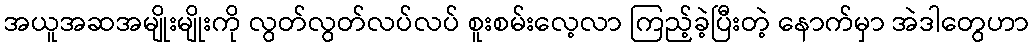
အယူအဆအမျိုးမျိုးကို လွတ်လွတ်လပ်လပ် စူးစမ်းလေ့လာ ကြည့်ခဲ့ပြီးတဲ့ နောက်မှာ အဲဒါတွေဟာ